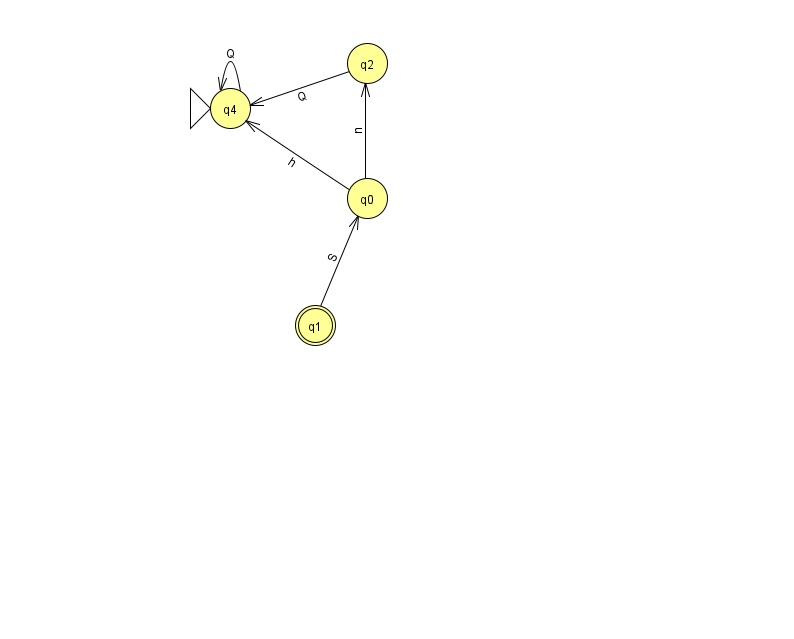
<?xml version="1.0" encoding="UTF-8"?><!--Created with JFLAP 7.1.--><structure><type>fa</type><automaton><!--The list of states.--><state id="0" name="q0"><x>367.0</x><y>185.0</y></state><state id="1" name="q1"><x>315.0</x><y>312.0</y><final/></state><state id="2" name="q2"><x>367.0</x><y>50.0</y></state><state id="4" name="q4"><x>230.0</x><y>95.0</y><initial/></state><!--The list of transitions.--><transition><from>0</from><to>4</to><read>h</read></transition><transition><from>2</from><to>4</to><read>Q</read></transition><transition><from>4</from><to>4</to><read>Q</read></transition><transition><from>0</from><to>2</to><read>n</read></transition><transition><from>1</from><to>0</to><read>S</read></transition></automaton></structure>